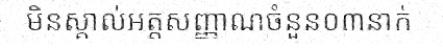
មិនស្គាល់អត្តសញ្ញាណចំនួន០៣នាក់